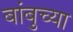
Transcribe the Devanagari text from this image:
बांबुच्या